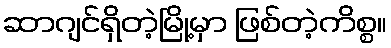
ဆာဂျင်ရှိတဲ့မြို့မှာ ဖြစ်တဲ့ကိစ္စ။